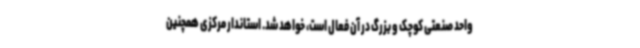
واحد صنعتی کوچک و بزرگ در آن فعال است، خواهد شد. استاندار مرکزی همچنین